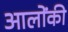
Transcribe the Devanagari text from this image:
आलोंकी